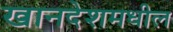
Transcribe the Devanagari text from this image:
खानदेशमधील